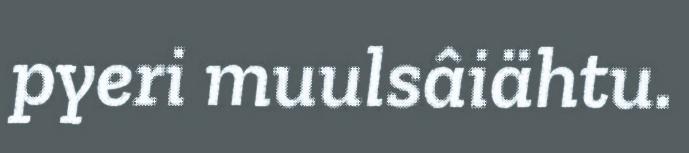
pyeri muulsâiähtu.